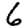
Digit: 6